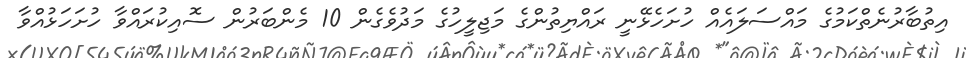
އިތުބާރުނެތްކަމުގެ މައްސަލައެއް ހުށަހެޅޭނީ ރައްޔިތުންގެ މަޖިލީހުގެ މަދުވެގެން 10 މެންބަރުން ސޮއިކުރައްވާ ހުށަހަޅުއްވާ